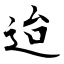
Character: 迨